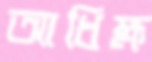
আধিক্ষ